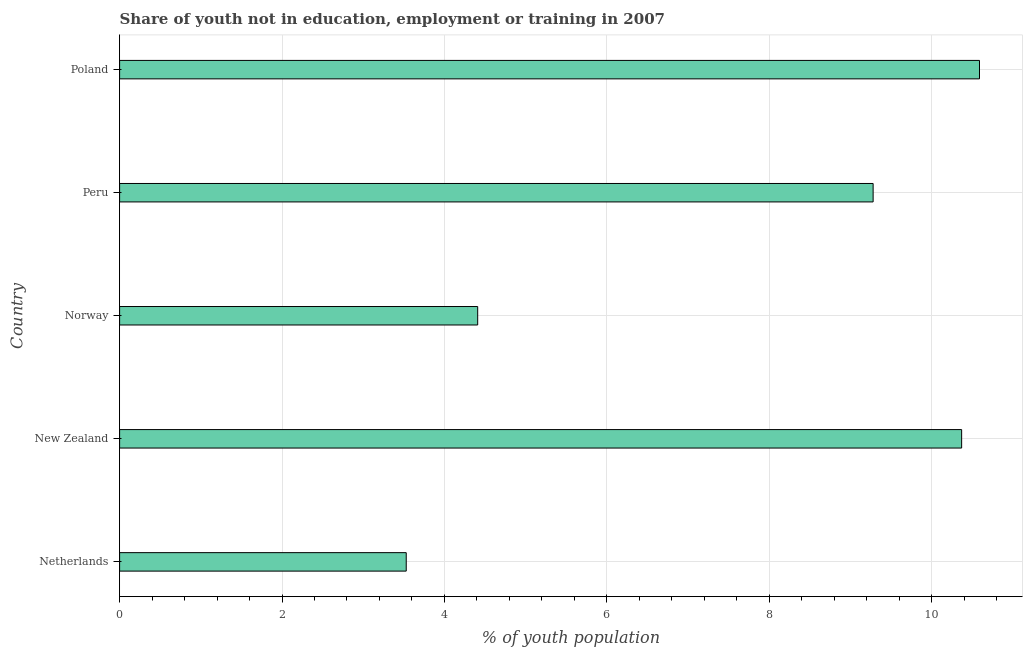
| Country | Unemployed youth |
 | --- | --- |
 | Netherlands | 3.53 |
 | New Zealand | 10.4 |
 | Norway | 4.41 |
 | Peru | 9.28 |
 | Poland | 10.6 |